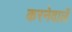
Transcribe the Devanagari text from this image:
करनेवालें